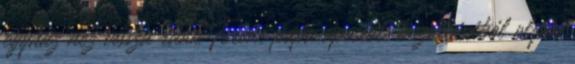
egyház néz vissza ránk Ferenc pápa apostoli buzdításából olyan